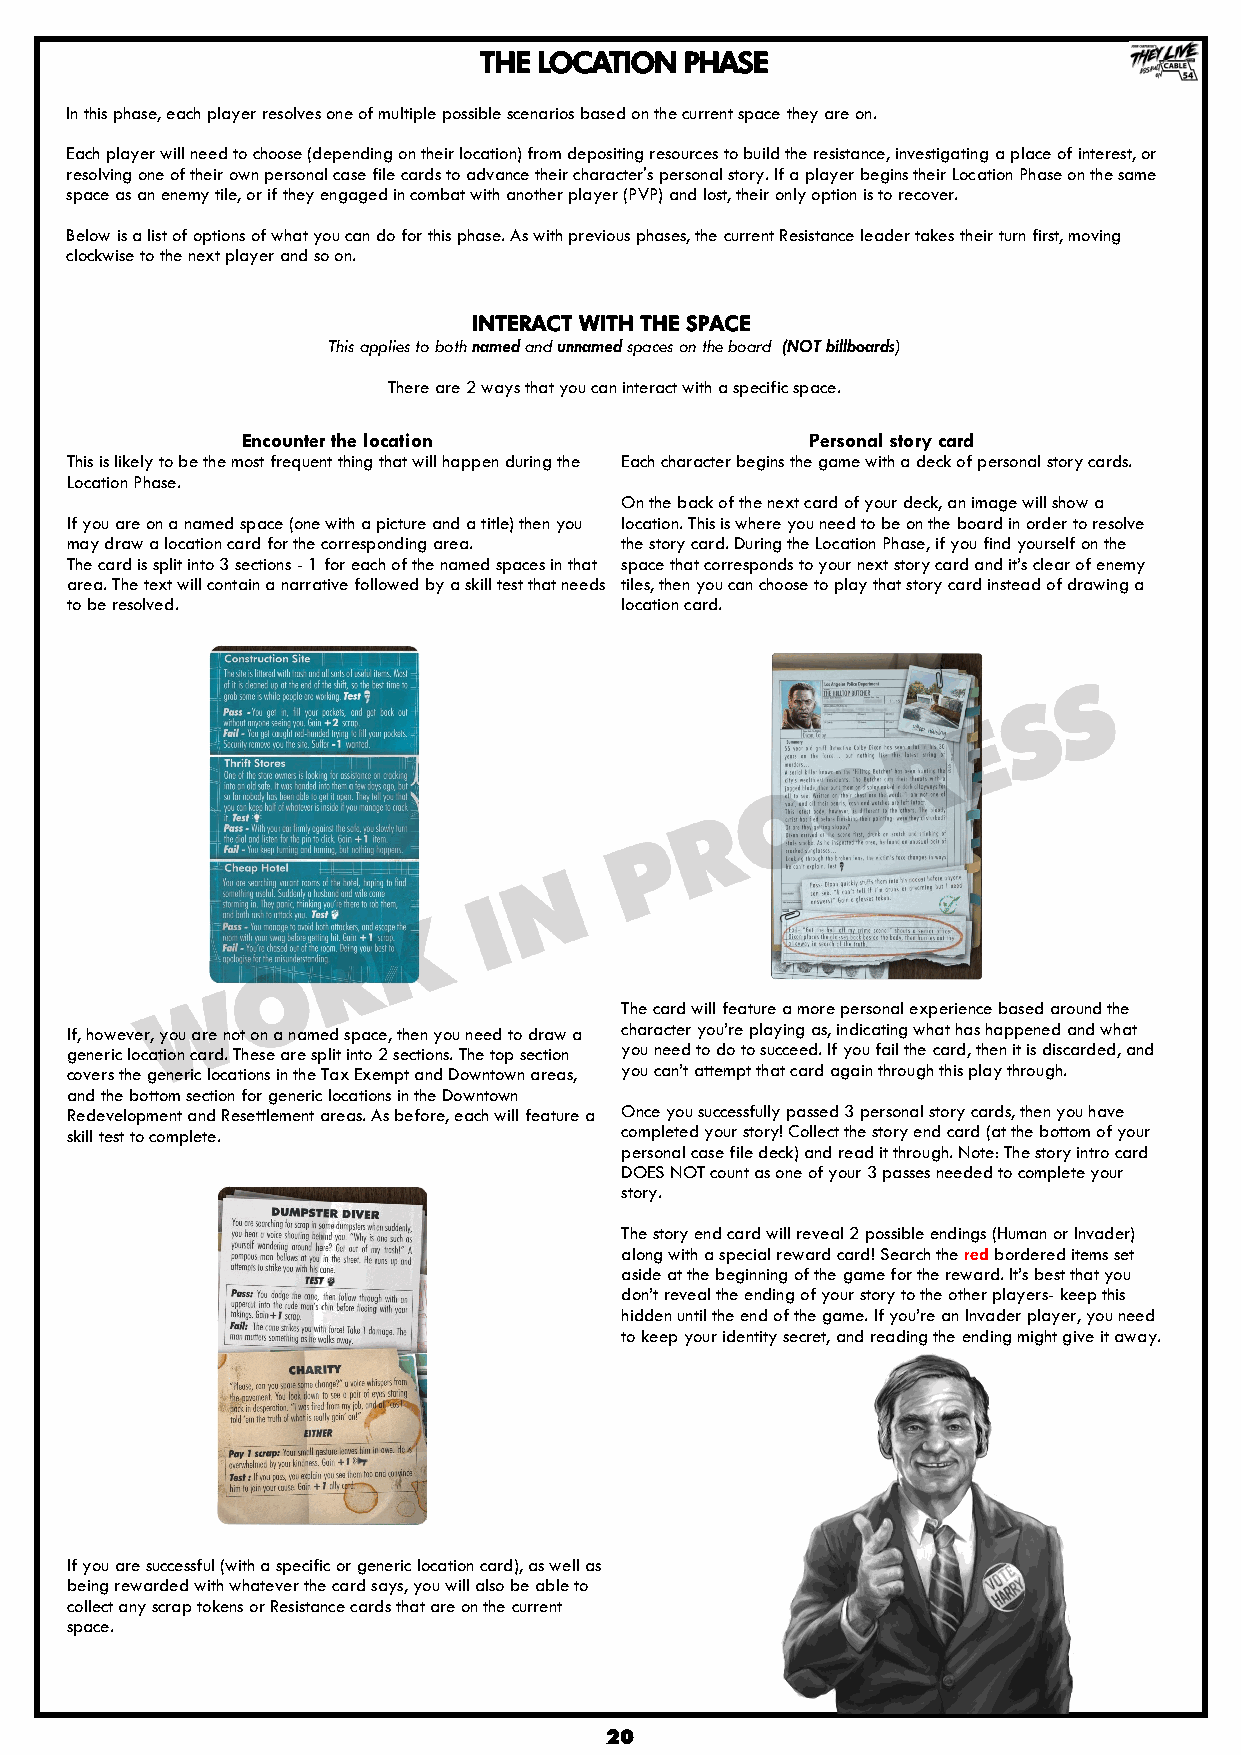
THE LOCATION PHASE
 In this phase, each player resolves one of multiple possible scenarios based on the current space they are on.
 Each player will need to choose (depending on their location) from depositing resources to build the resistance, investigating a place of interest, or
 resolving one of their own personal case file cards to advance their character's personal story. If a player begins their Location Phase on the same
 space as an enemy tile, or if they engaged in combat with another player (PVP) and lost, their only option is to recover.
 Below is a list of options of what you can do for this phase. As with previous phases, the current Resistance leader takes their turn first, moving
 clockwise to the next player and so on.
 INTERACT WITH THE SPACE
 This applies to both named and unnamed spaces on the board (NOT billboards)
 There are 2 ways that you can interact with a specific space.
 Encounter the location                Personal story card
 This is likely to be the most frequent thing that will happen during the Each character begins the game with a deck of personal story cards.
 Location Phase.
 On the back of the next card of your deck, an image will show a
 If you are on a named space (one with a picture and a title) then you location. This is where you need to be on the board in order to resolve
 may draw a location card for the corresponding area. the story card. During the Location Phase, if you find yourself on the
 The card is split into 3 sections - 1 for each of the named spaces in that space that corresponds to your next story card and it‟s clear of enemy
 area. The text will contain a narrative followed by a skill test that needs tiles, then you can choose to play that story card instead of drawing a
 to be resolved.                      location card.
 The card will feature a more personal experience based around the
 If, however, you are not on a named space, then you need to draw a character you‟re playing as, indicating what has happened and what
 generic location card. These are split into 2 sections. The top section you need to do to succeed. If you fail the card, then it is discarded, and
 covers the generic locations in the Tax Exempt and Downtown areas, you can‟t attempt that card again through this play through.
 and the bottom section for generic locations in the Downtown
 Redevelopment and Resettlement areas. As before, each will feature a Once you successfully passed 3 personal story cards, then you have
 skill test to complete.              completed your story! Collect the story end card (at the bottom of your
 personal case file deck) and read it through. Note: The story intro card
 DOES NOT count as one of your 3 passes needed to complete your
 story.
 The story end card will reveal 2 possible endings (Human or Invader)
 along with a special reward card! Search the red bordered items set
 aside at the beginning of the game for the reward. It‟s best that you
 don‟t reveal the ending of your story to the other players- keep this
 hidden until the end of the game. If you‟re an Invader player, you need
 to keep your identity secret, and reading the ending might give it away.
 If you are successful (with a specific or generic location card), as well as
 being rewarded with whatever the card says, you will also be able to
 collect any scrap tokens or Resistance cards that are on the current
 space.
 20